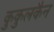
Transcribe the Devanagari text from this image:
कुकुलकैन